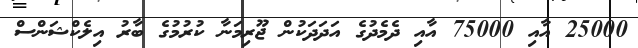
25000 އާއި 75000 އާއި ދެމެދުގެ އަދަދަކުން ޖޫރިމަނާ ކުރުމުގެ ބާރު އިލެކްޝަންސް